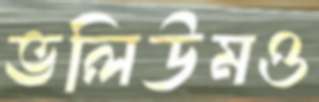
ভলিউমও